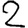
Digit: 2